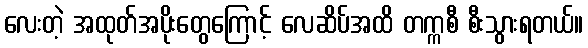
လေးတဲ့ အထုတ်အပိုးတွေကြောင့် လေဆိပ်အထိ တက္ကစီ စီးသွားရတယ်။